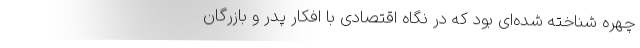
چهره شناخته شده‌ای بود که در نگاه اقتصادی با افکار پدر و بازرگان